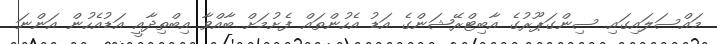
މައްސަލައިގައި ސިންގަޕޫރުގެ އާބިޓްރޭޝަންގެ އަޑު އެހުންތައް ފެށުމަށް ބާއްވާ އިބްތިދާއީ އަޑުއެހުން އަންނަ